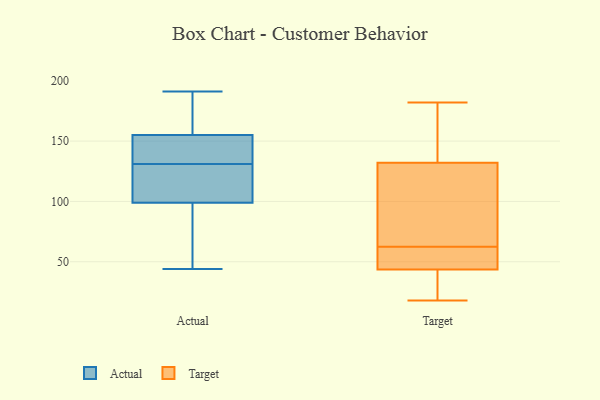
{"axis": {"x": "Customer Acquisition Cost (USD)", "y": "Value"}, "legend": ["Actual", "Target"], "data": [{"x": "", "y": 188, "type": "Actual"}, {"x": "", "y": 108, "type": "Actual"}, {"x": "", "y": 147, "type": "Actual"}, {"x": "", "y": 155, "type": "Actual"}, {"x": "", "y": 136, "type": "Actual"}, {"x": "", "y": 66, "type": "Actual"}, {"x": "", "y": 44, "type": "Actual"}, {"x": "", "y": 99, "type": "Actual"}, {"x": "", "y": 126, "type": "Actual"}, {"x": "", "y": 191, "type": "Actual"}, {"x": "", "y": 55, "type": "Actual"}, {"x": "", "y": 182, "type": "Actual"}, {"x": "", "y": 121, "type": "Actual"}, {"x": "", "y": 151, "type": "Actual"}, {"x": "", "y": 18, "type": "Target"}, {"x": "", "y": 182, "type": "Target"}, {"x": "", "y": 160, "type": "Target"}, {"x": "", "y": 115, "type": "Target"}, {"x": "", "y": 59, "type": "Target"}, {"x": "", "y": 19, "type": "Target"}, {"x": "", "y": 50, "type": "Target"}, {"x": "", "y": 54, "type": "Target"}, {"x": "", "y": 37, "type": "Target"}, {"x": "", "y": 149, "type": "Target"}, {"x": "", "y": 66, "type": "Target"}, {"x": "", "y": 88, "type": "Target"}]}